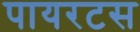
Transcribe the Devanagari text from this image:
पायरटस